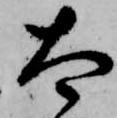
太